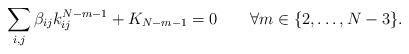
LaTeX: \begin{align*}\sum_{i,j}\beta_{ij}k_{ij}^{N-m-1}+K_{N-m-1}=0\qquad\forall m\in\{2,\ldots,N-3\}.\end{align*}